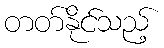
တတ်နိုင်သည့်